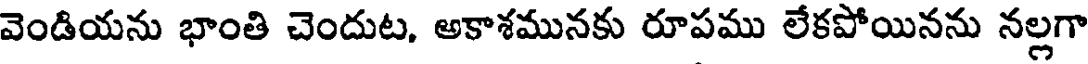
వెండియను భాంతి చెందుట, అకాశమునకు రూపము లేకపోయినను నల్లగా